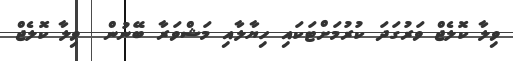
ވިލާ ކޮލެޖް ވަރުގަދަ ކުރުމަށްޓަކައި ހިޔާލާއި މަޝްވަރާ ބޭނުން  ވިލާ ކޮލެޖް